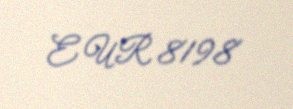
EUR 8198